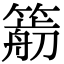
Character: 𥳭